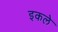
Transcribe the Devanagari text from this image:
इकले